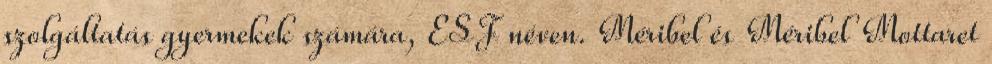
szolgáltatás gyermekek számára, ESF néven. Méribel és Méribel Mottaret